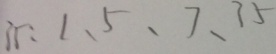
3 5 : 1 、 5 、 7 、 3 5